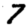
Digit: 7